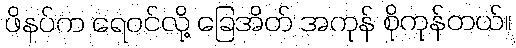
ဖိနပ်က ရေဝင်လို့ ခြေအိတ် အကုန် စိုကုန်တယ်။